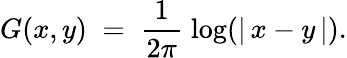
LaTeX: G(x,y)\; =\; \frac{1}{2\pi}\; \mathrm{\log}(|\, x-y\, |).